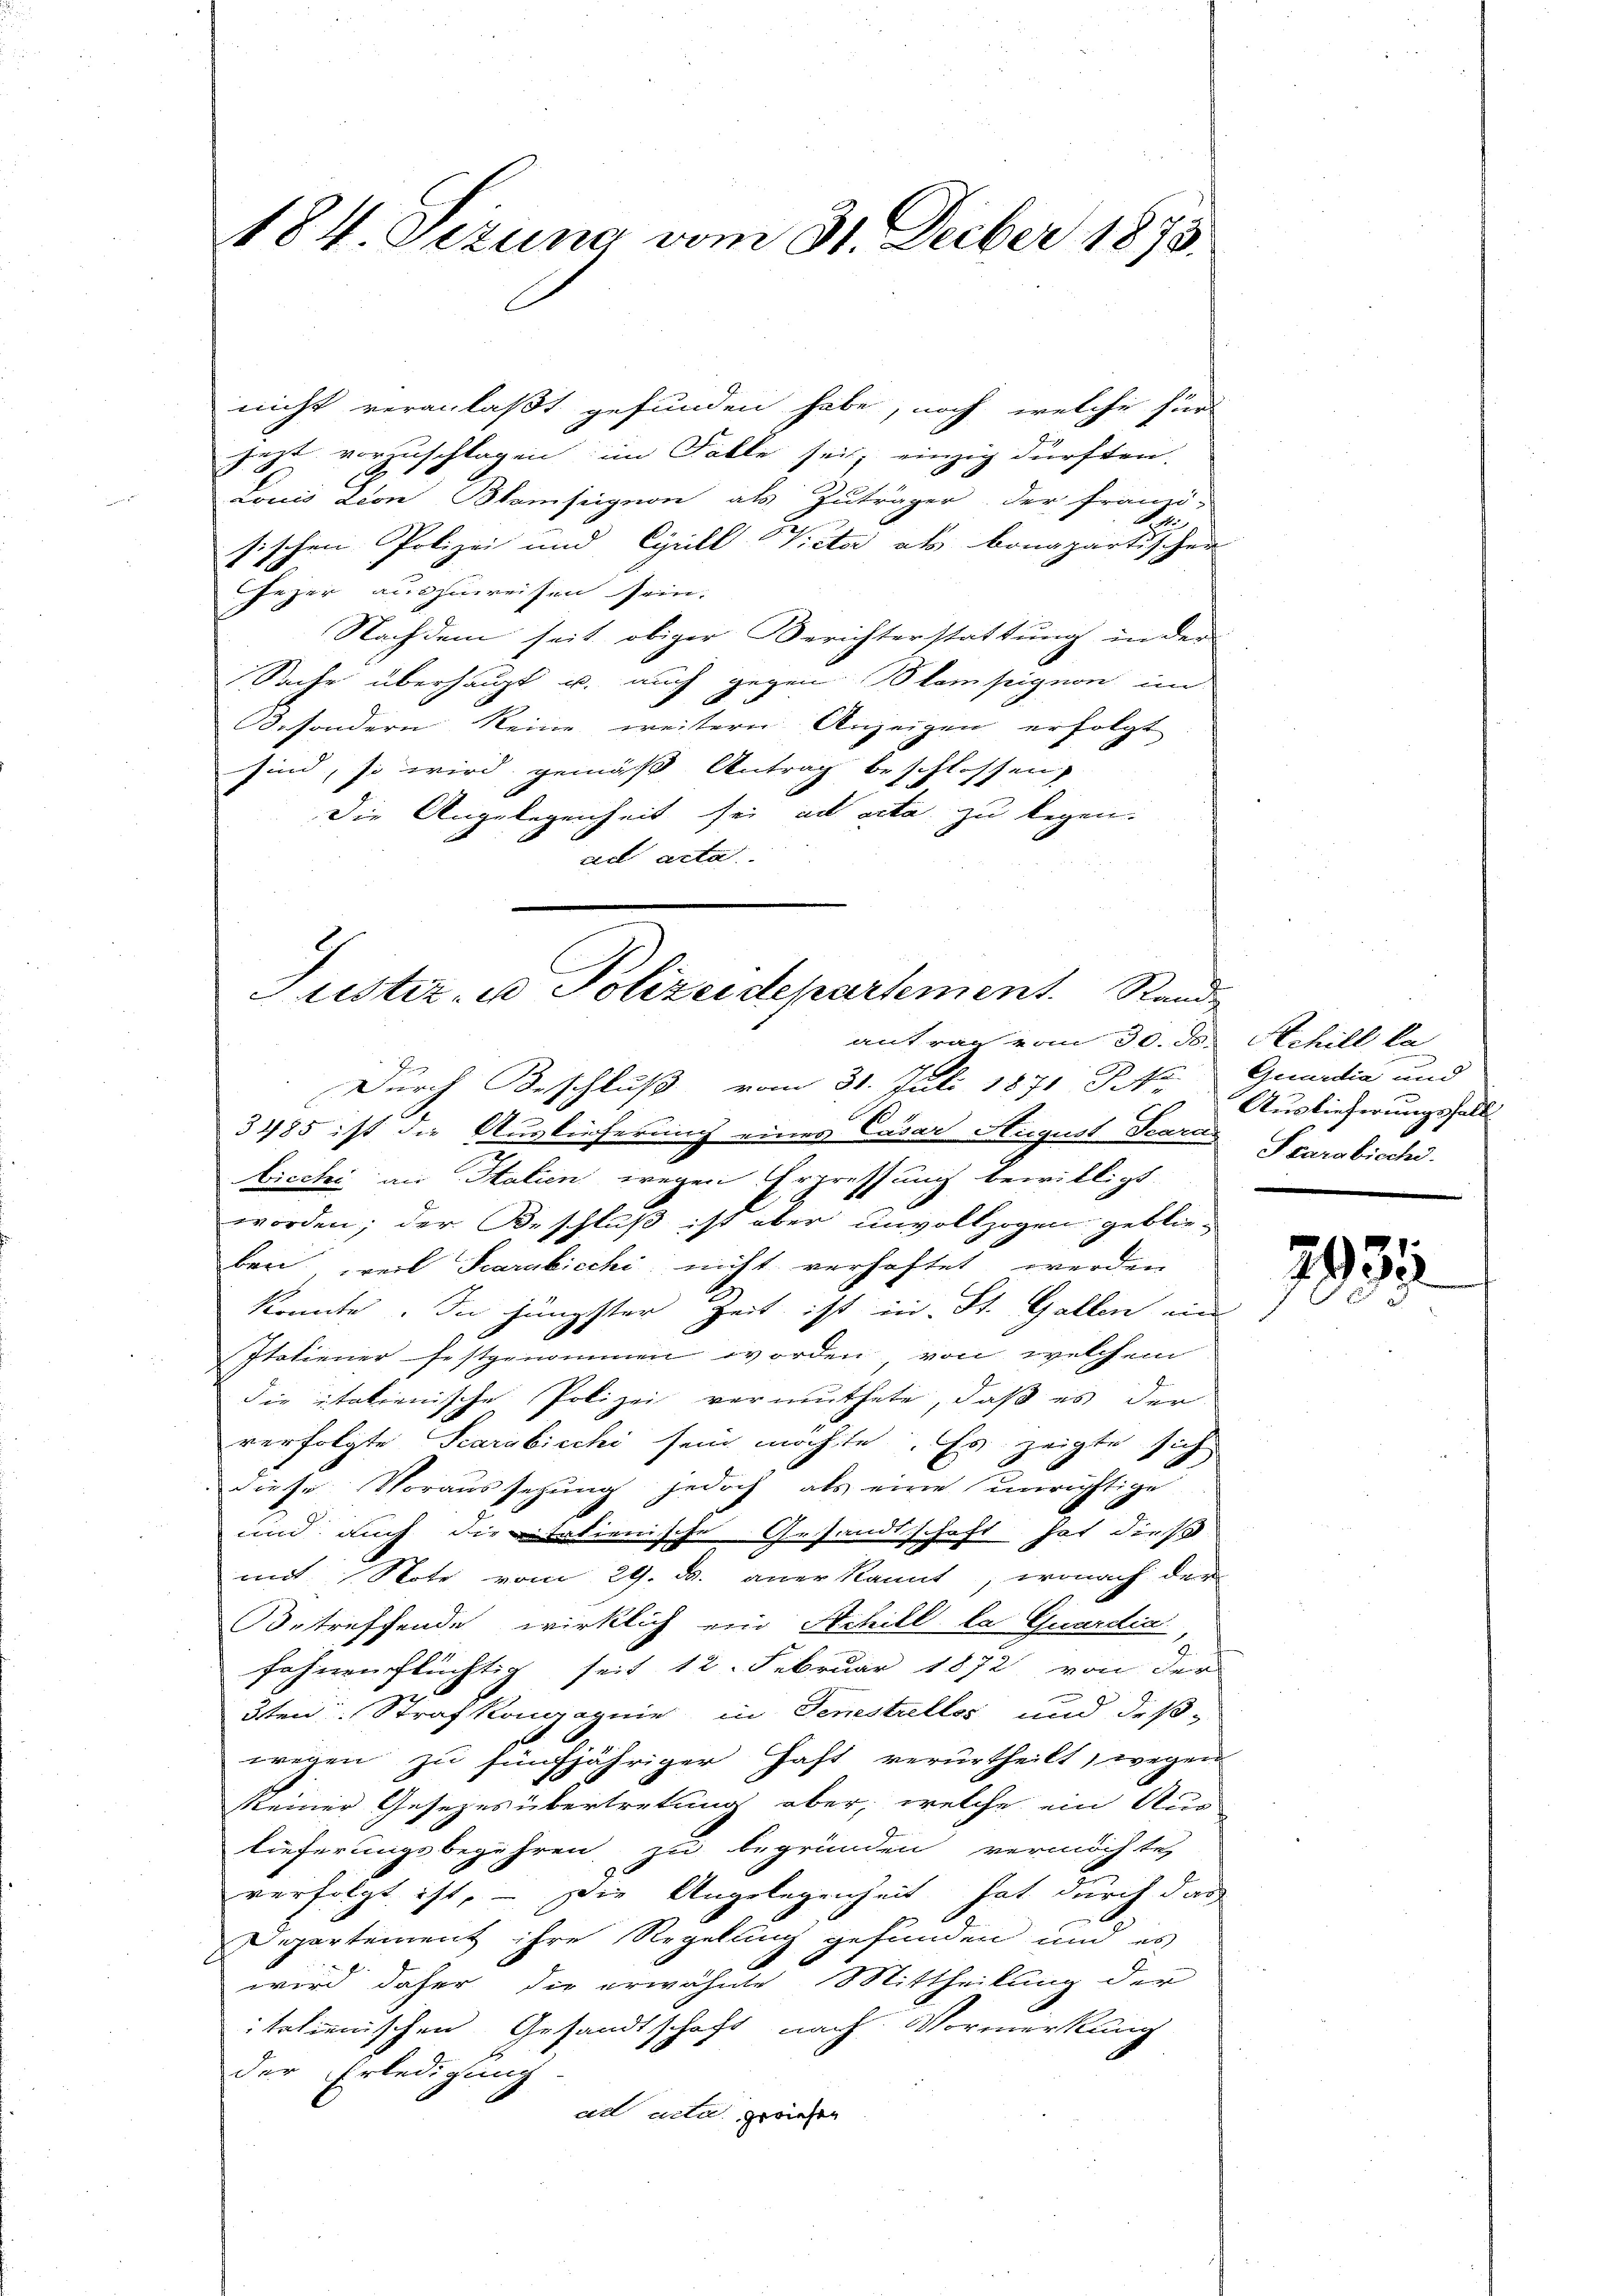
184. Sizung vom 31. Decber 1873.

nicht veranlaßt gefunden habe, noch welche für
jezt vorzuschlagen im Falle sei, einzig dürften.
Louis Leon Blampignon als Zuträger der franzö-
b
sischen Polizei und Cyrill Victor als bonapartischen
rzer auszuweisen sein.
Nachdem seit obiger Berichterstattung in der
Sache überhaupt u. auch gegen Blampignon im
besondern keine weitere Anzeigen erfolgt
sind, so wird gemäß Antrag beschlossen,
Die Angelegenheit sei ad acta zu legen.
ad acta

Justiz- u Polizeidepartement. Stande
antrag vom 30. d. Schill la

Durch Beschluß vom 31. Juli 1871 St. Gemedia und
.
3485 ist die Auslieferung eines Cäsar Siegust Scaras
bicchi an Italien wegen Erpressung bewilligt.
worden; der Beschluß ist aber unvollzogen geblie-
bar, weil Scarubicchi, nicht verhaftet werden
konnte. In jüngster Zeit ist in St. Gallen ein
Itatiener festgenommen worden, von welchem
die italienische Polizei vermuthete, daß es der
verfolgte Scarabicchi sein möchte. Es zeigte sich
diese Voraussezung jedoch als eine unrichtige
und auch die italienische Gesandtschaft hat dies
mit Note vom 29. d. anerkannt, wonach den
Betreffende wirklich ein Achill la Quardia
fahnen flüchtig seit 12. Februar 1872 von der
3ten Strafkompagnie in Genestellos und deß-
wegen zu fünfjähriger Haft verurtheilt, wegen
keiner Gesetzes übertretung aber, welche ein Aus-
lieferungsbegehren zu begründen vermöchte,
verfolgt ist, – die Angelegenheit hat durch dies
Departement ihre Regelung gefunden und es
wird daher die erwähnte Mittheilung der
italienischen Gesandtschaft nach Vormerkung
der Erledigung
ad acta gerichen

Auslieferungsfall
Scarabisch.

2935